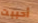
أحببت